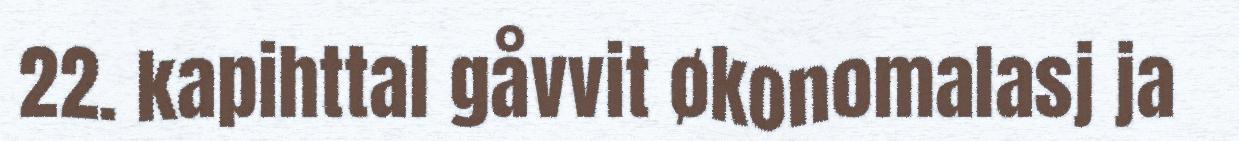
22. kapihttal gåvvit økonomalasj ja